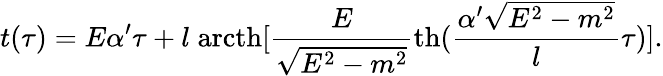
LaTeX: t(\tau)=E\alpha^{\prime}\tau+l\; \mathrm{arcth}[\frac{E}{\sqrt{E^{2}-m^{2}}}\mathrm{th}(\frac{\alpha^{\prime}\sqrt{E^{2}-m^{2}}}{l}\tau)].